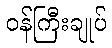
ဝန်ကြီးချုပ်